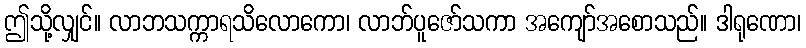
ဤသို့လျှင်။ လာဘသက္ကာရသိလောကော၊ လာဘ်ပူဇော်သကာ အကျော်အစောသည်။ ဒါရုဏော၊